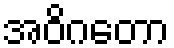
အဝိဂတော